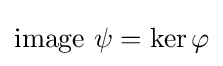
{\text{image }}\psi =\ker \varphi